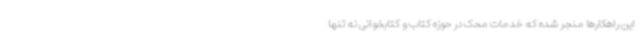
این راهکارها منجر شده که خدمات محک در حوزه کتاب و کتابخوانی نه تنها